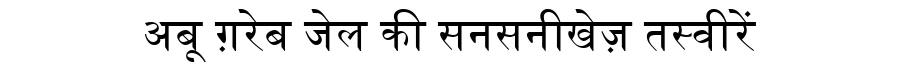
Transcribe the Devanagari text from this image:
अबू ग़रेब जेल की सनसनीखेज़ तस्वीरें